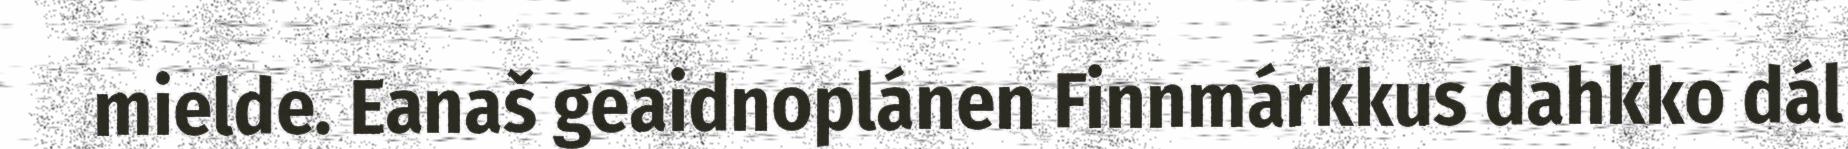
mielde. Eanaš geaidnoplánen Finnmárkkus dahkko dál